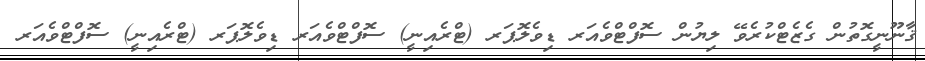
ޤާނޫނީގޮތުން ގެޒެޓްކުރެވޭ ލިޔުން ސޮފްޓްވެއަރ ޑިވެލޮޕަރ (ޓްރެއިނީ) ސޮފްޓްވެއަރ ޑިވެލޮޕަރ (ޓްރެއިނީ) ސޮފްޓްވެއަރ